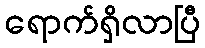
ရောက်ရှိလာပြီ